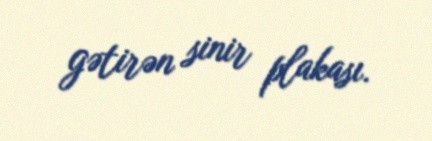
gətirən sinir plakası.